Leaving Certificate Examination (including Day School Certificate (Higher) General paper), 1926
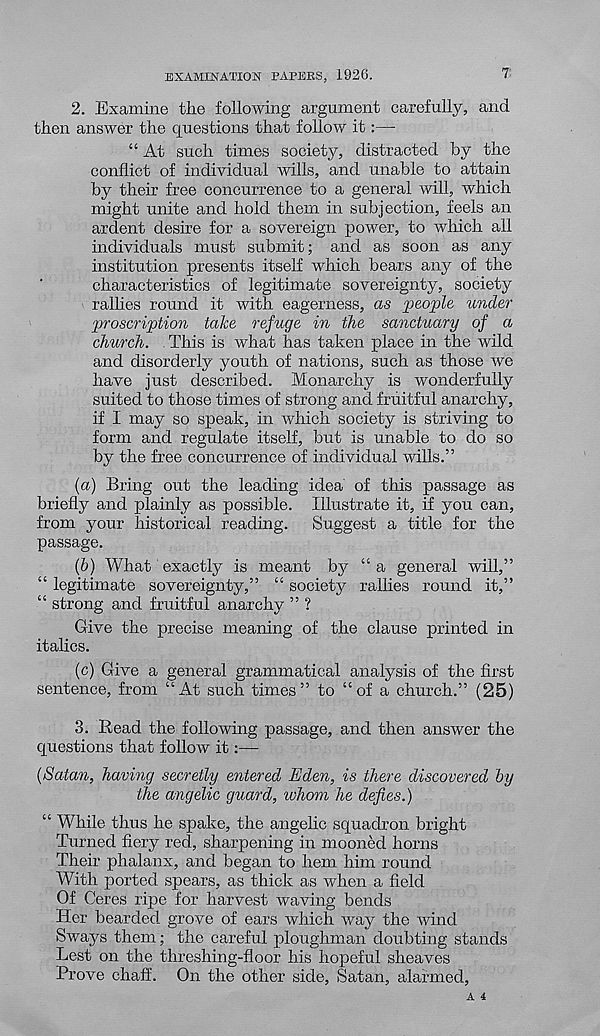
EXAMINATION PAPERS, 1926.
7:
2. Examine the following argument carefully, and
then answer the questions that follow it:—
“ At such times society, distracted by the
conflict of individual wills, and unable to attain
by their free concurrence to a general will, which
might unite and hold them in subjection, feels an
ardent desire for a sovereign power, to which all
individuals must submit; and as soon as any
institution presents itself which bears any of the
characteristics of legitimate sovereignty, society
rallies round it with eagerness, as people under
proscription take refuge in the sanctuary of a
church. This is what has taken place in the wild
and disorderly youth of nations, such as those we
have just described. Monarchy is wonderfully
suited to those times of strong and fruitful anarchy,
if I may so speak, in which society is striving to
form and regulate itself, but is unable to do so
by the free concurrence of individual wills.”
(а) Bring out the leading idea of this passage as
briefly and plainly as possible. Illustrate it, if you can,
from your historical reading. Suggest a title for the
passage.
(б) What exactly is meant by “a general will,”
“ legitimate sovereignty,” “ society rallies round it,”
“ strong and fruitful anarchy ” ?
Give the precise meaning of the clause printed in
italics.
(c) Give a general grammatical analysis of the first
sentence, from “At such times” to “of a church.” (25)
3. Read the following passage, and then answer the
questions that follow it:—
{Satan, having secretly entered Eden, is there discovered by
the angelic guard, whom he defies.)
“ While thus he spake, the angelic squadron bright
Turned fiery red, sharpening in mooned horns
Their phalanx, and began to hem him round
With ported spears, as thick as when a field
Of Ceres ripe for harvest waving bends
Her bearded grove of ears which way the wind
Sways them; the careful ploughman doubting stands
Lest on the threshing-floor his hopeful sheaves
Prove chaff. On the other side, Satan, alarmed,